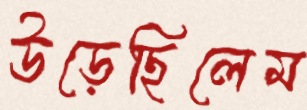
উড়েছিলেম